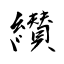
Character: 纉